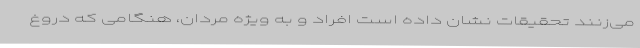
می‌زنند تحقیقات نشان داده است افراد و به ویژه مردان، هنگامی که دروغ